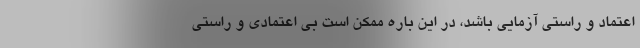
اعتماد و راستی آزمایی باشد، در این باره ممکن است بی اعتمادی و راستی